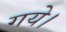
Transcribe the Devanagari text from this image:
गयेे।